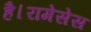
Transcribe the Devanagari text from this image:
है।रामेसेस